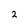
Character: 2